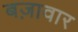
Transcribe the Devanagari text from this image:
बज़ावार